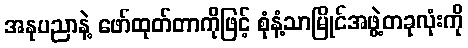
အနုပညာနဲ့ ဖော်ထုတ်တာကိုဖြင့် စုံနံ့သာမြိုင်အဖွဲ့တခုလုံးကို